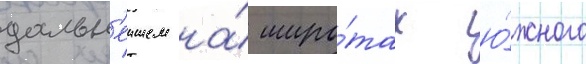
дальн'еишем на́ широ́тах ю́жного